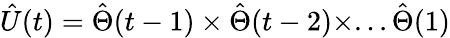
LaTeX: \hat{U}(t)=\hat{\Theta}(t-1)\times\hat{\Theta}(t-2)\times...\hat{\Theta}(1)